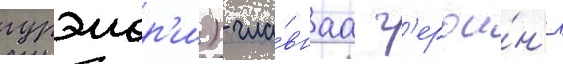
гурэмор'и) - гла́внаа г'ерои́н'я